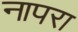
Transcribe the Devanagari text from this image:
नापरा